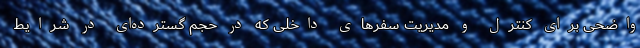
واضحی برای کنترل و مدیریت سفرهای داخلی که در حجم گسترده‌ای در شرایط